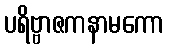
ပရိဗ္ဗာဇကနာမကော